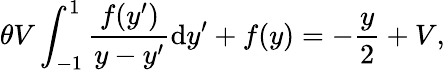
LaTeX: \theta V\int_{-1}^{1}\frac{f(y^{\prime})}{y-y^{\prime}}\mathrm{d}y^{\prime}+f(y)=-\frac{y}{2}+V,